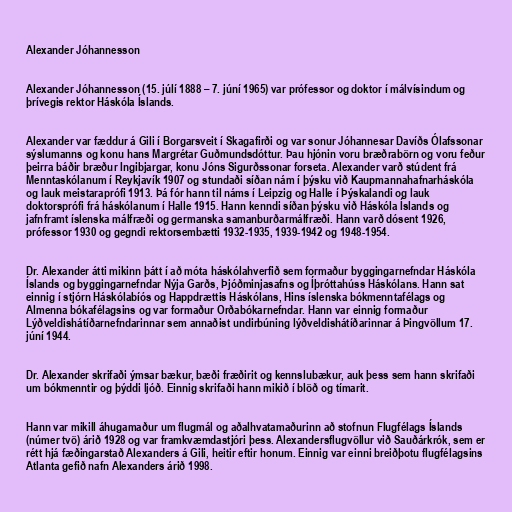
Alexander Jóhannesson

Alexander Jóhannesson (15. júlí 1888 – 7. júní 1965) var prófessor og doktor í málvísindum og
þrívegis rektor Háskóla Íslands.

Alexander var fæddur á Gili í Borgarsveit í Skagafirði og var sonur Jóhannesar Davíðs Ólafssonar
sýslumanns og konu hans Margrétar Guðmundsdóttur. Þau hjónin voru bræðrabörn og voru feður
þeirra báðir bræður Ingibjargar, konu Jóns Sigurðssonar forseta. Alexander varð stúdent frá
Menntaskólanum í Reykjavík 1907 og stundaði síðan nám í þýsku við Kaupmannahafnarháskóla
og lauk meistaraprófi 1913. Þá fór hann til náms í Leipzig og Halle í Þýskalandi og lauk
doktorsprófi frá háskólanum í Halle 1915. Hann kenndi síðan þýsku við Háskóla Íslands og
jafnframt íslenska málfræði og germanska samanburðarmálfræði. Hann varð dósent 1926,
prófessor 1930 og gegndi rektorsembætti 1932-1935, 1939-1942 og 1948-1954.

Dr. Alexander átti mikinn þátt í að móta háskólahverfið sem formaður byggingarnefndar Háskóla
Íslands og byggingarnefndar Nýja Garðs, Þjóðminjasafns og Íþróttahúss Háskólans. Hann sat
einnig í stjórn Háskólabíós og Happdrættis Háskólans, Hins íslenska bókmenntafélags og
Almenna bókafélagsins og var formaður Orðabókarnefndar. Hann var einnig formaður
Lýðveldishátíðarnefndarinnar sem annaðist undirbúning lýðveldishátíðarinnar á Þingvöllum 17.
júní 1944.

Dr. Alexander skrifaði ýmsar bækur, bæði fræðirit og kennslubækur, auk þess sem hann skrifaði
um bókmenntir og þýddi ljóð. Einnig skrifaði hann mikið í blöð og tímarit.

Hann var mikill áhugamaður um flugmál og aðalhvatamaðurinn að stofnun Flugfélags Íslands
(númer tvö) árið 1928 og var framkvæmdastjóri þess. Alexandersflugvöllur við Sauðárkrók, sem er
rétt hjá fæðingarstað Alexanders á Gili, heitir eftir honum. Einnig var einni breiðþotu flugfélagsins
Atlanta gefið nafn Alexanders árið 1998.